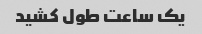
یک ساعت طول کشید